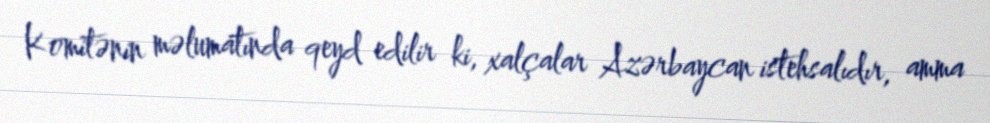
Komitənin məlumatında qeyd edilir ki, xalçalar Azərbaycan istehsalıdır, amma